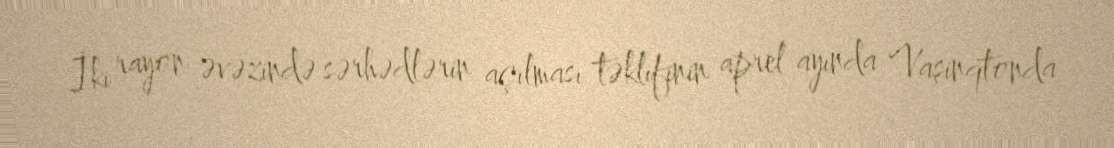
İki rayon əvəzində sərhədlərin açılması təklifinin aprel ayında Vaşinqtonda